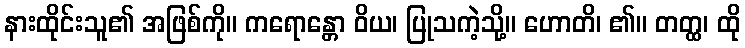
နားထိုင်းသူ၏ အဖြစ်ကို။ ကရောန္တော ဝိယ၊ ပြုသကဲ့သို့။ ဟောတိ၊ ၏။ တတ္ထ၊ ထို